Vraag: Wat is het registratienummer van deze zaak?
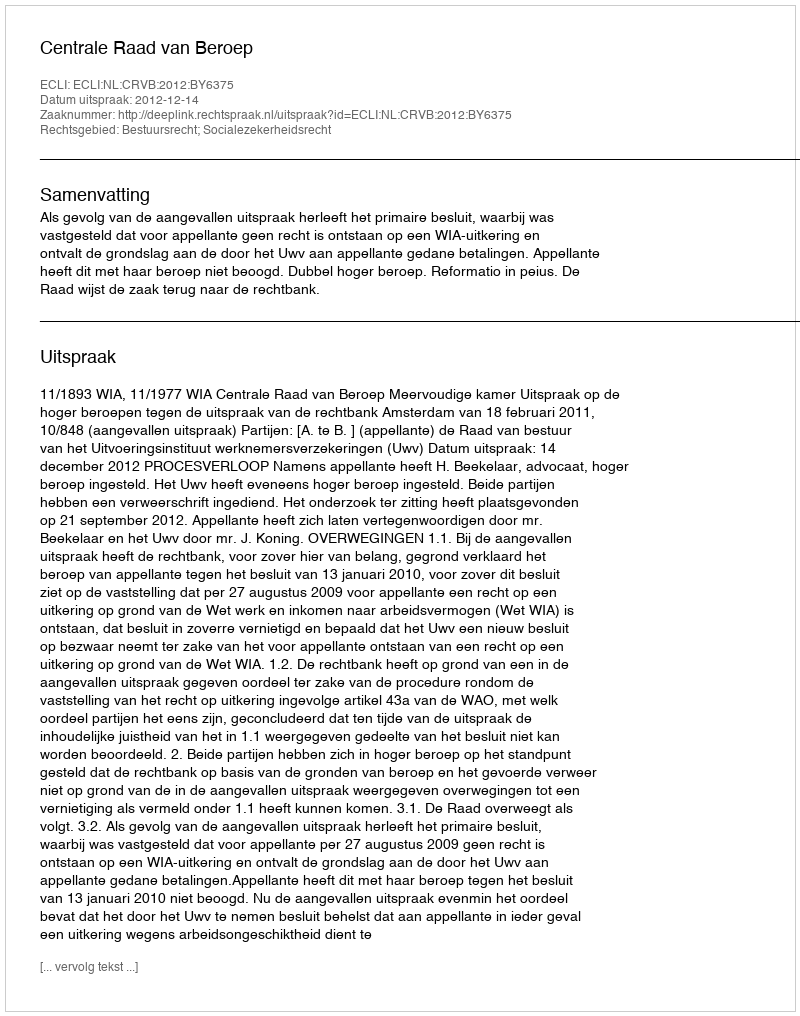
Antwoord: http://deeplink.rechtspraak.nl/uitspraak?id=ECLI:NL:CRVB:2012:BY6375